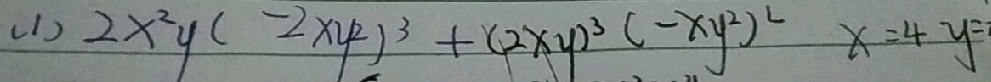
( 1 ) 2 x ^ { 2 } y ( - 2 x y ^ { 2 } ) ^ { 3 } + ( 2 x y ) ^ { 3 } ( - x y ^ { 2 } ) ^ { 2 } x = 4 y =